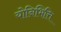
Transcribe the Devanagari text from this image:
योनिभित्ति